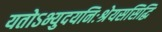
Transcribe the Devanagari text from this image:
यतोऽभ्युदयनिःश्रेयससिद्धि